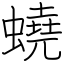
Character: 蟯